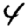
Digit: 4